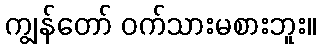
ကျွန်တော် ဝက်သားမစားဘူး။